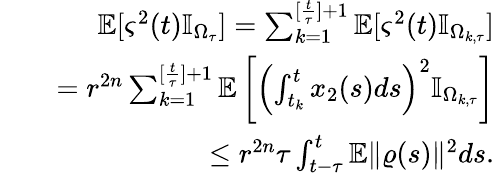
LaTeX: \begin{array}{rlr}&{}&{\mathbb{E}[\varsigma^{2}(t)\mathbb{I}_{\Omega_{\tau}}]=\sum_{k=1}^{[\frac{t}{\tau}]+1}\mathbb{E}[\varsigma^{2}(t)\mathbb{I}_{\Omega_{k,\tau}}]}\\ &{}&{=r^{2n}\sum_{k=1}^{[\frac{t}{\tau}]+1}\mathbb{E}\left[\left(\int_{t_{k}}^{t}x_{2}(s)ds\right)^{2}\mathbb{I}_{\Omega_{k,\tau}}\right]}\\ &{}&{\leq r^{2n}\tau\int_{t-\tau}^{t}\mathbb{E}\| \varrho(s)\| ^{2}ds.}\end{array}